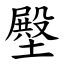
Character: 壂